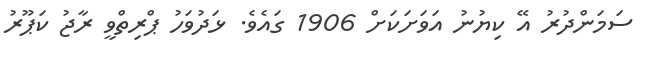
ސަމަންދުރު އޭ ކިޔުނު އަވަށަކަށް 1906 ގައެވެ. ޅަދުވަހު ޕްރިތްވީ ރާޖު ކަޕޫރު